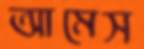
আমেস